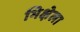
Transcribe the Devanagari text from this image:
भिक्षेला